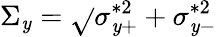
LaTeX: \Sigma_{\mathit{y}}=\sqrt{}{{\sigma_{\mathit{y}+}^{*2}+\sigma_{\mathit{y}-}^{*2}}}